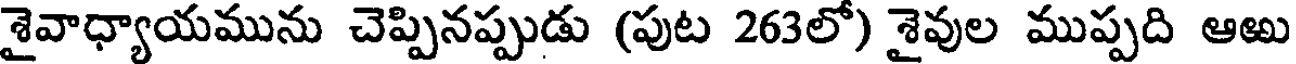
శైవాధ్యాయమును చెప్పినప్పుడు (పుట 263లో) శైవుల ముప్పది ఆఱు